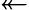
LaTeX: \twoheadleftarrow